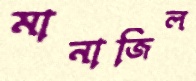
মানাজিল